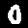
Digit: 0